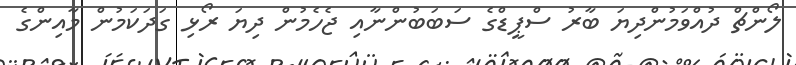
ލޯންޗް ދުއްވަމުންދިޔަ ބާރު ސްޕީޑްގެ ސަބަބުންނާއި ޖެހެމުން ދިޔަ ރޯޅި ގަދަކަމުން މާއިންގެ